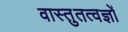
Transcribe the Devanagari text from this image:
वास्तुतत्वज्ञों